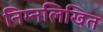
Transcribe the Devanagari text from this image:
निम्‍नलिखित